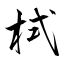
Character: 栻